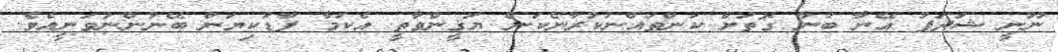
ނޫނީ ޝަދަފު އޭނާ ބުނާ ގޮތަށް ކަންތައްނުކުރާނެކަން ޔަޤީންވާތީ އެކަމާ ފާޑުކިޔަން ބޭނުންނުވަނީއެވެ.